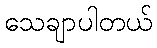
သေချာပါတယ်